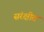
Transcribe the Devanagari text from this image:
सरंक्षीत